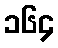
၁၆၄